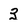
Character: 3